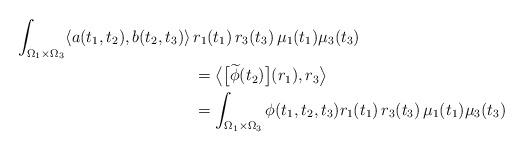
LaTeX: \begin{align*}\int_{\Omega_1\times\Omega_3}\langle a(t_1,t_2),b(t_2,t_3)\rangle\, & r_1(t_1)\,r_3(t_3)\, \mu_1(t_1)\mu_3(t_3)\\& = \bigl\langle\bigl[\widetilde{\phi}(t_2)\bigr](r_1),r_3\bigr\rangle\\ & = \int_{\Omega_1\times\Omega_3} \phi(t_1,t_2, t_3) r_1(t_1)\,r_3(t_3) \,\mu_1(t_1)\mu_3(t_3)\end{align*}